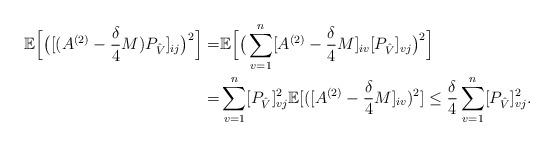
LaTeX: \begin{align*}\mathbb{E}\Big[\big([(A^{(2)} - \frac{\delta}{4} M)P_{\hat{V}}]_{ij}\big)^2\Big] =&\mathbb{E}\Big[\big(\sum_{v=1}^n[A^{(2)} - \frac{\delta}{4} M]_{iv}[P_{\hat{V}}]_{vj}\big)^2\Big]\cr=&\sum_{v=1}^{n} [P_{\hat{V}}]_{vj}^2 \mathbb{E}[ ([A^{(2)} - \frac{\delta}{4} M]_{iv})^2] \le \frac{\delta}{4} \sum_{v=1}^{n} [P_{\hat{V}}]_{vj}^2.\end{align*}